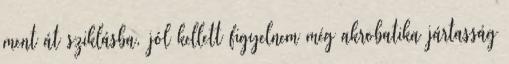
ment át sziklásba, jól kellett figyelnem még akrobatika jártasság